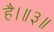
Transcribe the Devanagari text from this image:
है।॥३॥